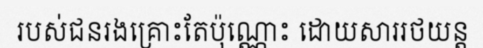
របស់ជនរងគ្រោះតែប៉ុណ្ណោះ ដោយសាររថយន្ត